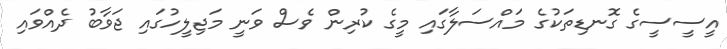
އީސީސީގެ ގޮނޑިތަކުގެ މައްސަލާގައި މީގެ ކުރިން ވެސް ވަނީ މަޖިލީހުގައި ޖަވާބު ދެއްވައި